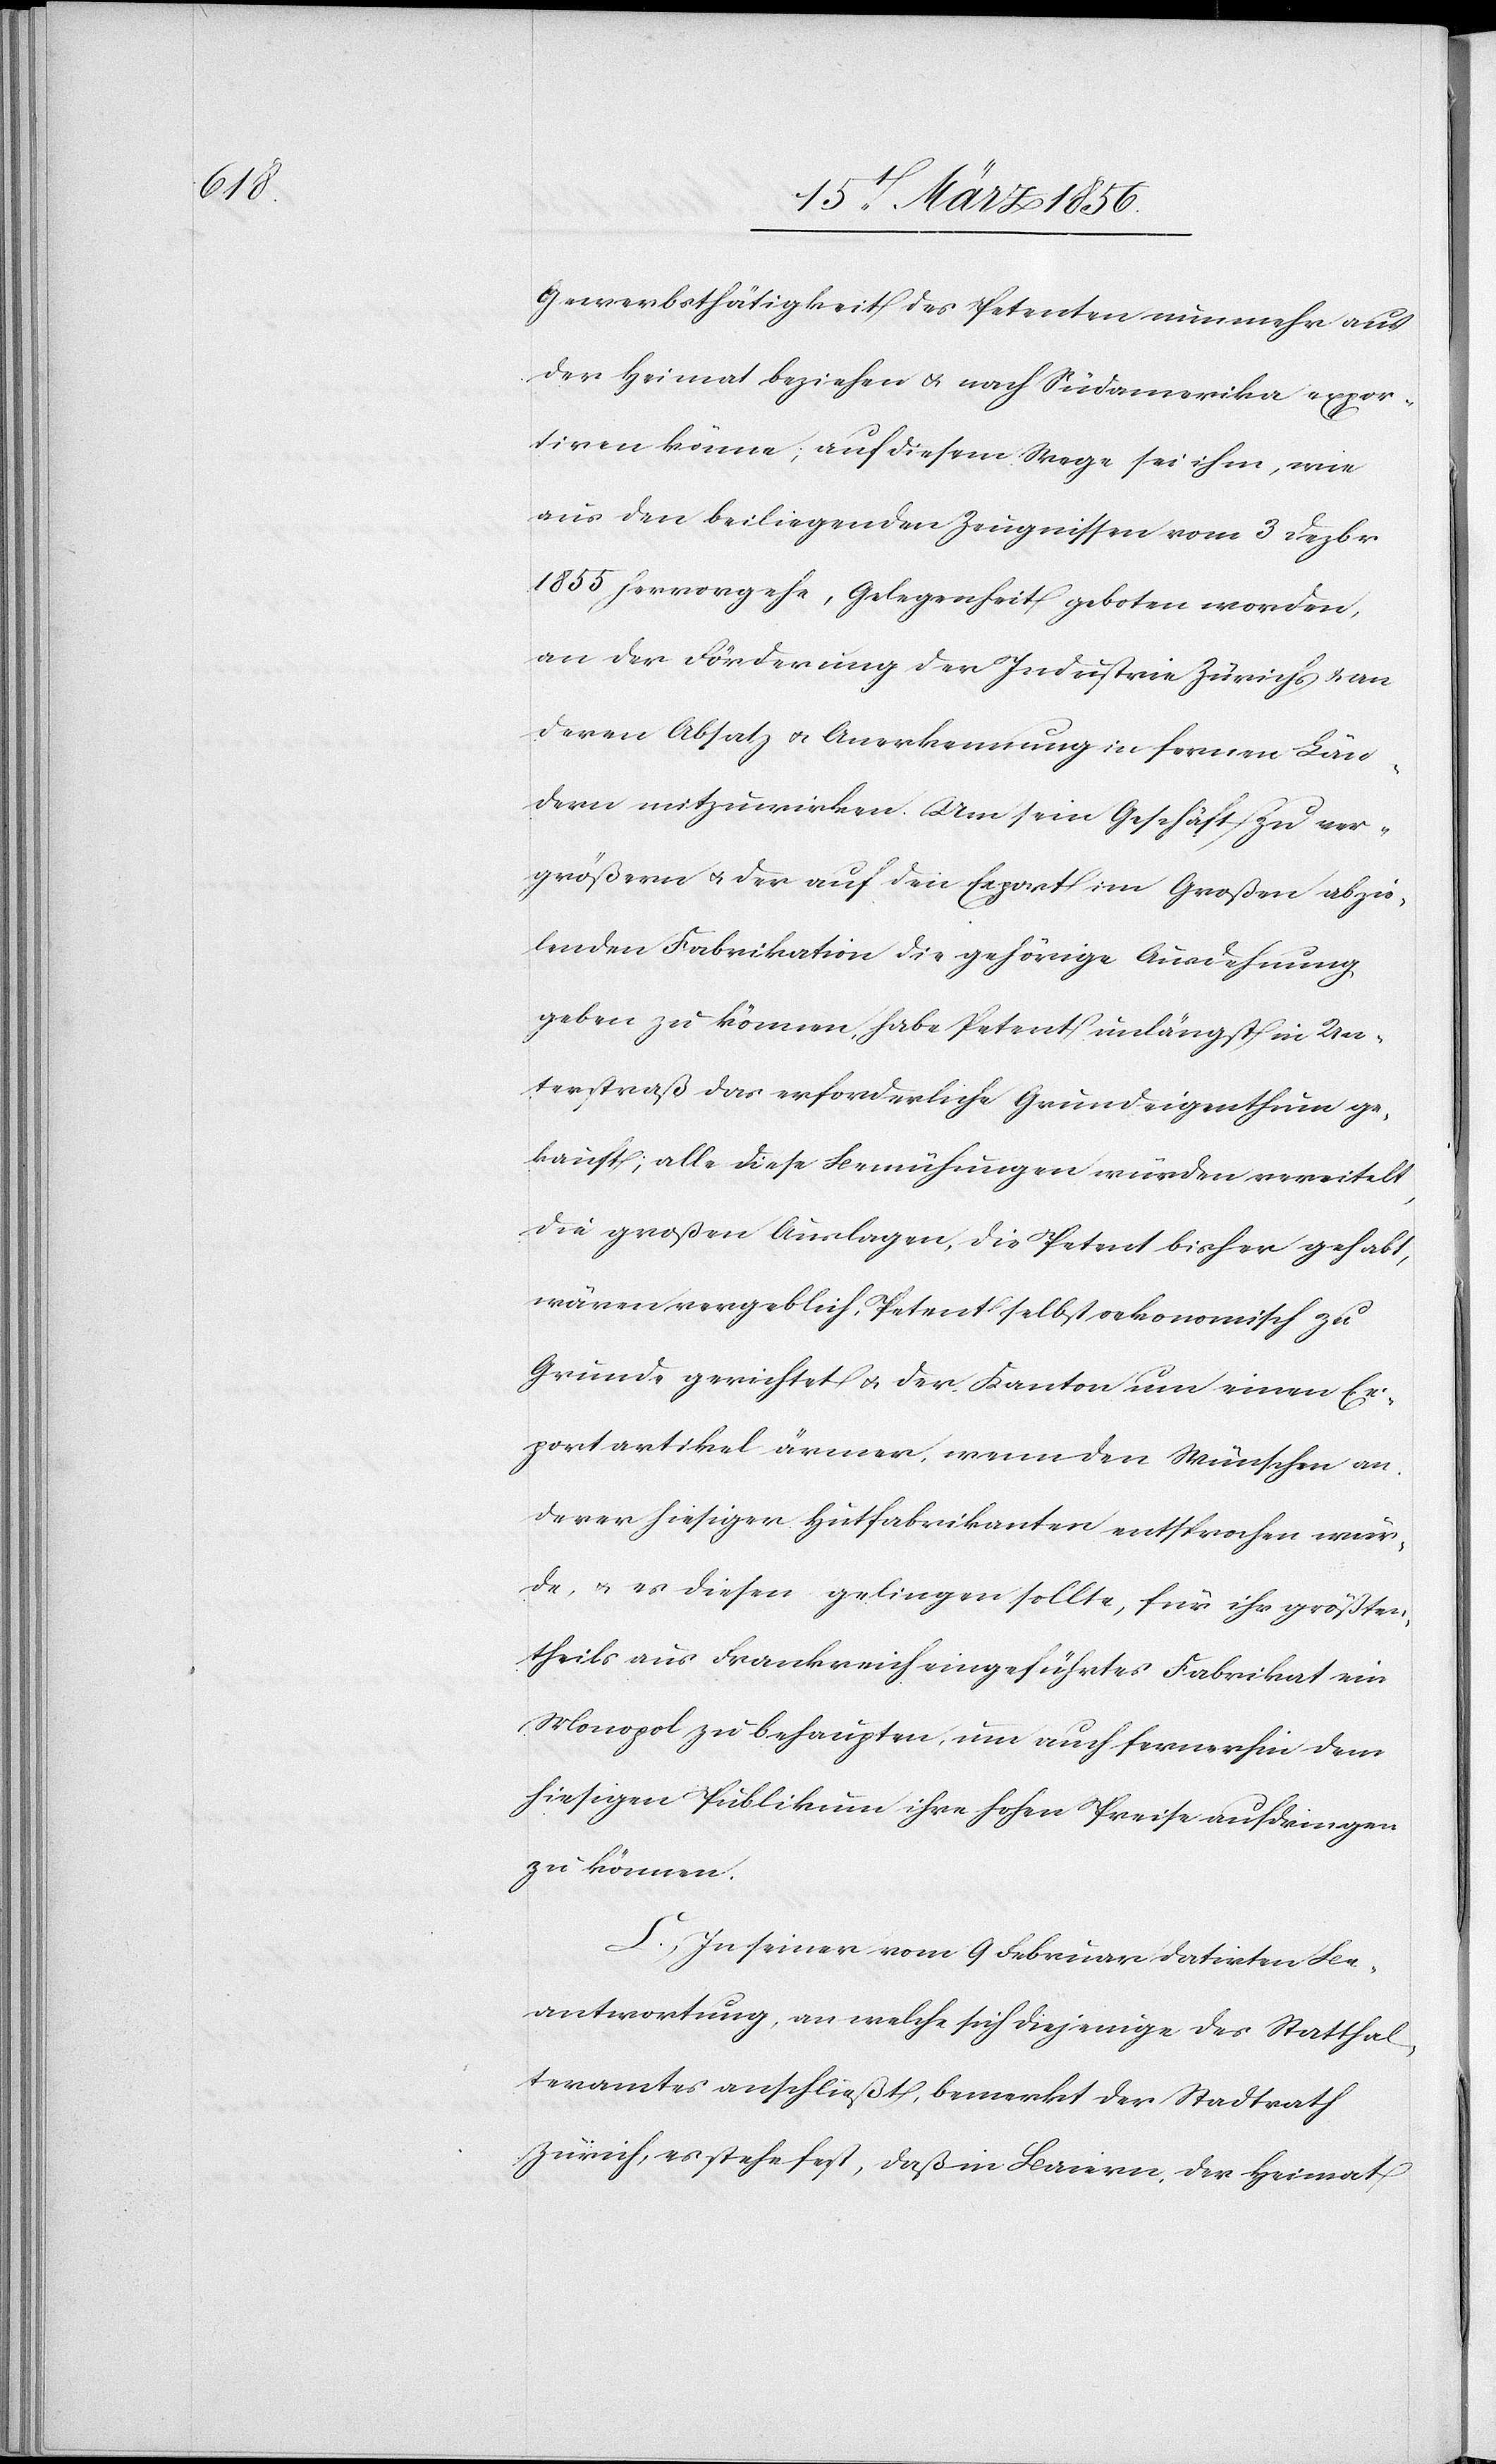
Gewerbsthätigkeit des Petenten nunmehr aus
der Heimat beziehen & nach Südamerika expor¬
tiren könne; auf diesem Wege sei ihm, wie
aus den beiliegenden Zeugnissen vom 3 Dezbr
1855 hervorgehen, Gelegenheit geboten worden,
an der Förderung der Industrie Zürich & an
deren Absatz u. Anerkennung in fernen Län¬
dern mitzuwirken. Um sein Geschäft zu ver¬
größern u. der auf den Export im Großen abzie¬
lenden Fabrikation die gehörige Ausdehnung
geben zu können, habe Petent unlängst in Un¬
terstraß das erforderliche Grundeigenthum ge¬
kauft; alle diese Bemühungen würden vereitelt,
die großen Auslagen, die Petent bisher gehabt,
wären vergeblich, Petent selbst oekonomisch zu
Grunde gerichtet u. der Kanton um einen Ex¬
portartikel ärmer, wenn den Wünschen an¬
derer hiesiger Hutfabrikanten entsprochen wür¬
de, u. es diesen gelingen sollte, für ihr größten¬
theils aus Frankreich eingeführtes Fabrikat ein
Monopol zu behaupten, um auch fernerhin dem
hiesigen Publikum ihre hohen Preise aufdringen
zu können.
C., In seiner vom 9 Februar datirten Be¬
antwortung, an welche sich diejenige des Statthal¬
teramtes anschließt, bemerkt der Stadtrath
Zürich, es stehe fest, daß in Baiern, der Heimat